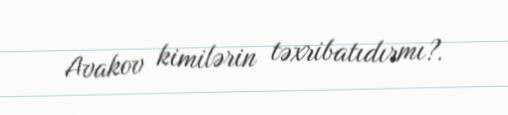
Avakov kimilərin təxribatıdırmı?.